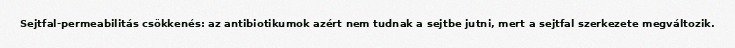
Sejtfal-permeabilitás csökkenés: az antibiotikumok azért nem tudnak a sejtbe jutni, mert a sejtfal szerkezete megváltozik.